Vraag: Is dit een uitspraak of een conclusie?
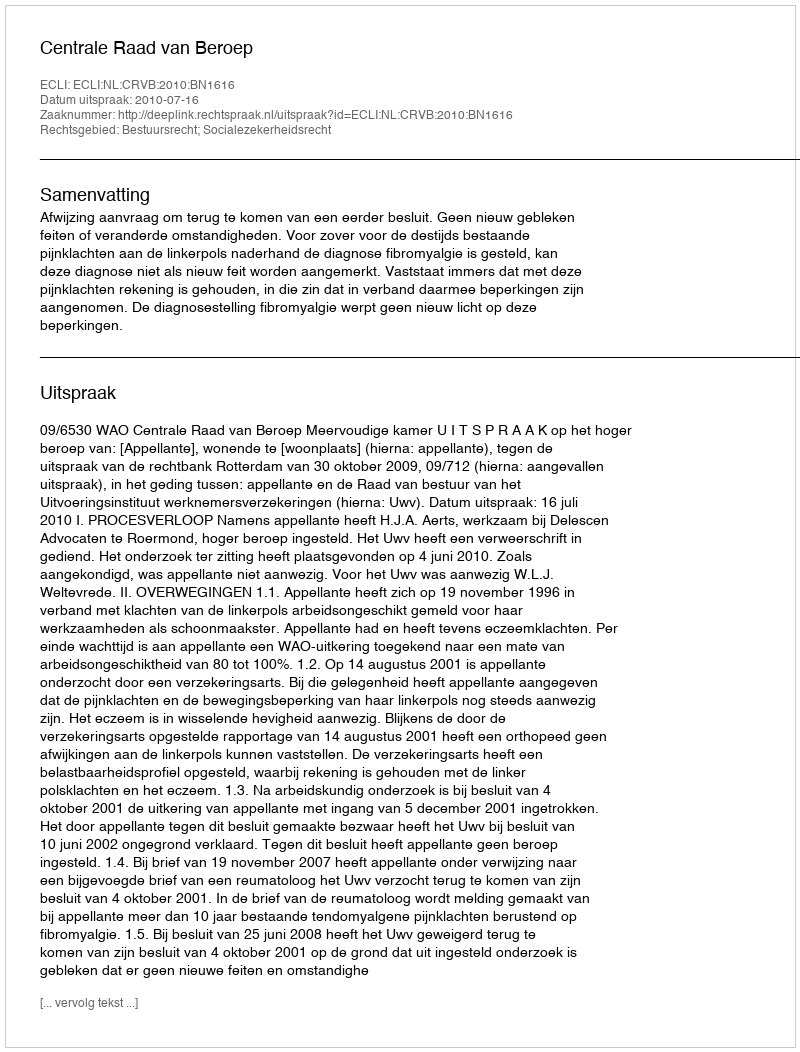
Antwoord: Uitspraak